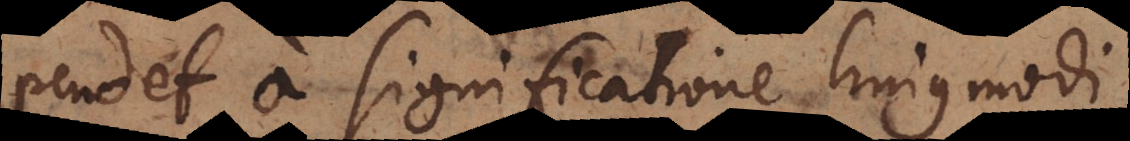
pendet a com significatione hujusmodi